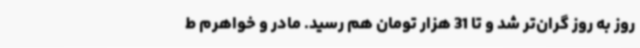
روز به روز گران‌تر شد و تا 31 هزار تومان هم رسید. مادر و خواهرم ط